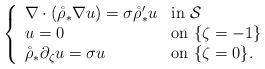
LaTeX: \begin{align*} \left\{ \begin{array}{ll} \nabla \cdot \left( \mathring{\rho}_* \nabla u \right) = \sigma \mathring{\rho}^\prime_* u & \textrm{in } \mathcal{S} \\u = 0 & \textrm{on } \{ \zeta = -1\} \\\mathring{\rho}_* \partial_\zeta u = \sigma u & \textrm{on } \{ \zeta = 0\}. \end{array} \right. \end{align*}